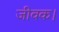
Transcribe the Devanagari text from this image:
जीवक।